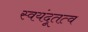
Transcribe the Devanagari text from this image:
स्वयंदूतत्व